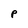
Character: P